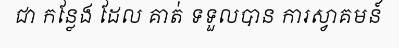
ជា កន្លែង ដែល គាត់ ទទួលបាន ការស្វាគមន៍